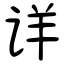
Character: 详